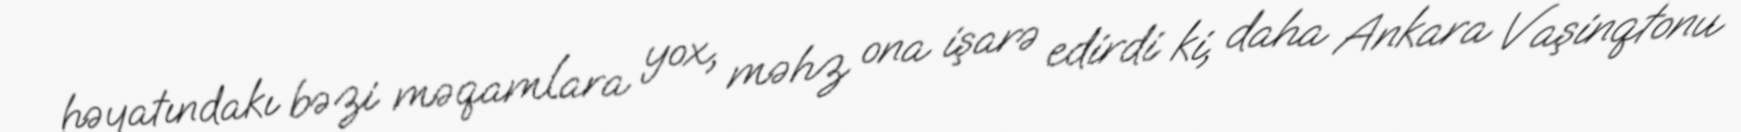
həyatındakı bəzi məqamlara yox, məhz ona işarə edirdi ki, daha Ankara Vaşinqtonu